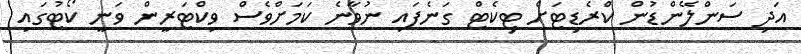
އަދި ސަންލޭންޑުން ކްރެޑިޓަށް ޓިކެޓް ގަނެފައި ނުވާނެ ކަމަށްވެސް ވިކްޓަރީން ވަނީ ކޯޓުގައި